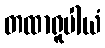
တထာရူပါယံ